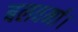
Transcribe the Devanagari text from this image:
बलवर्मा।